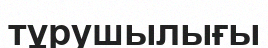
тұрушылығы